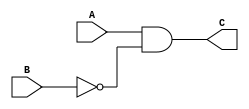
module greater_than
	(
	input wire A, B,
	output wire C);
	//body
	assign C = A & ~ B;

endmodule